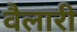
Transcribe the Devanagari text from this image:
वैलारी